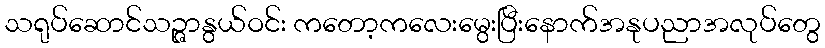
သရုပ်ဆောင်သဉ္ဇာနွယ်ဝင်း ကတော့ကလေးမွေးပြီးနောက်အနုပညာအလုပ်တွေ